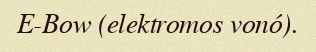
E-Bow (elektromos vonó).